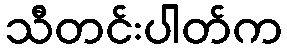
သီတင်းပါတ်က